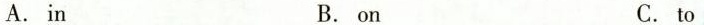
A.in B. on C. to